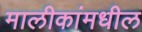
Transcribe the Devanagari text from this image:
मालीकांमधील